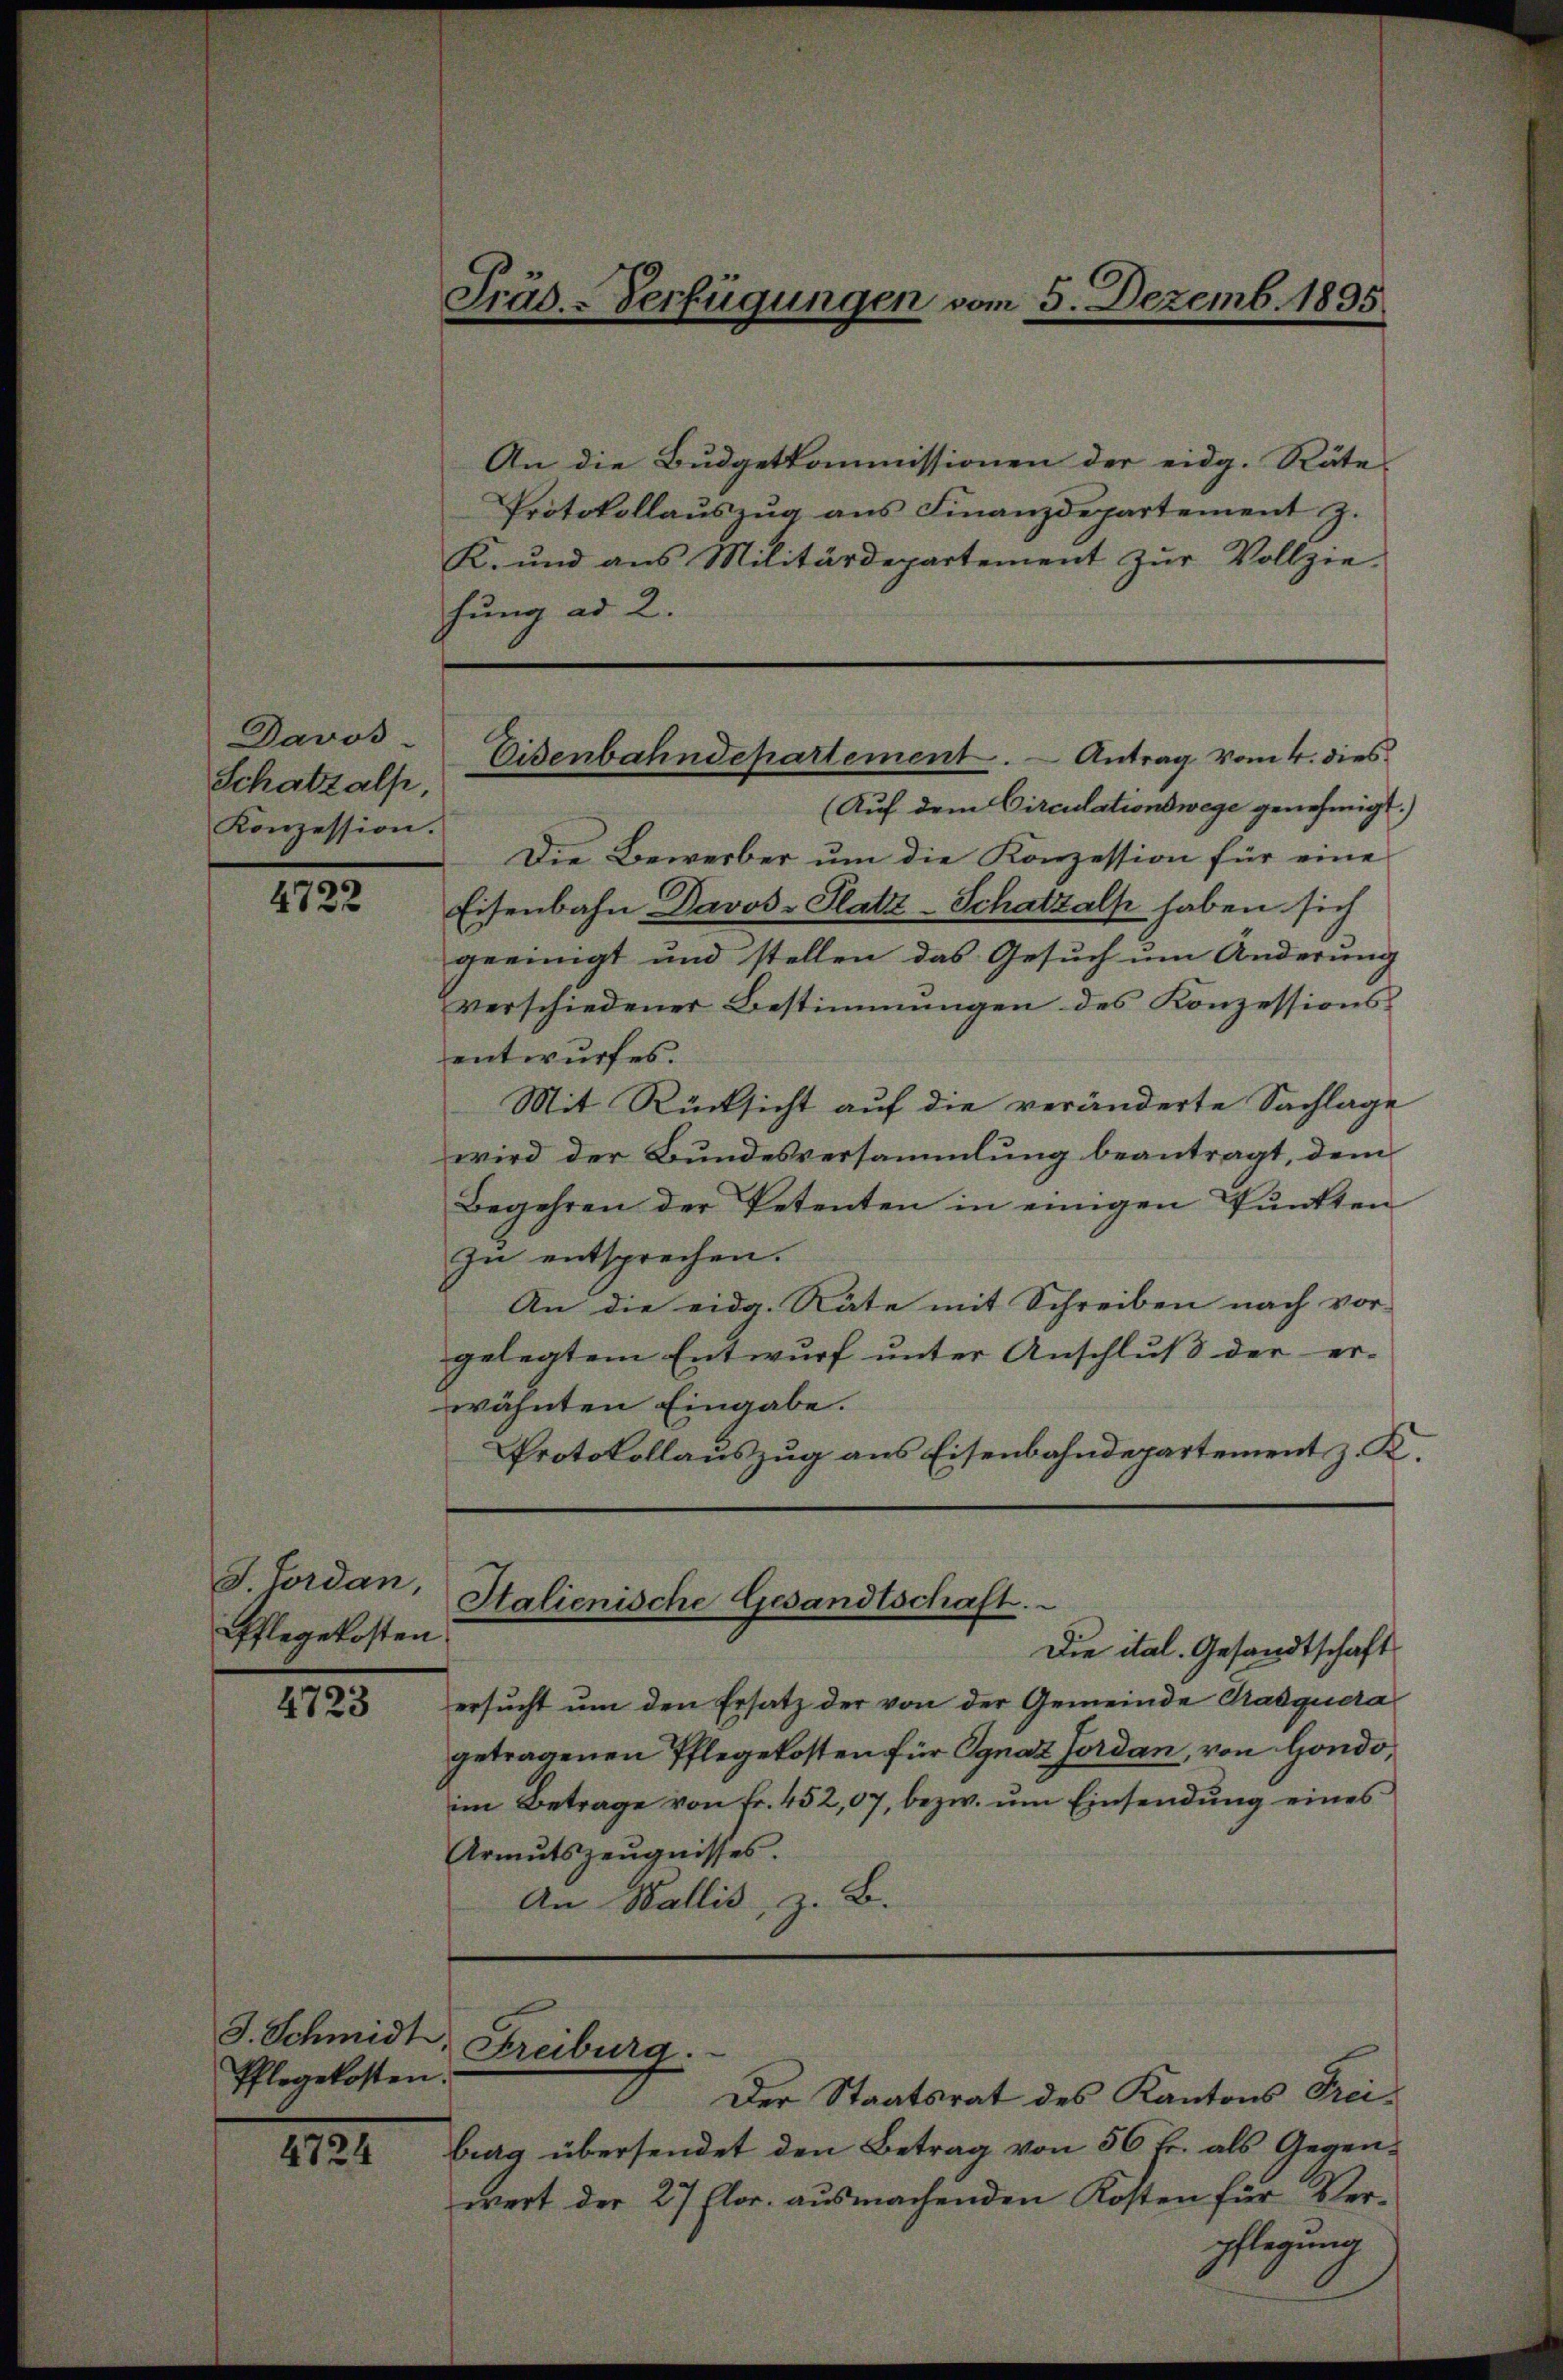
4722

I. Lordan
Pflegekosten

4723

Davos-
Schatzalp,
Konzession.

J. Schmidt
Pflegekosten.

4724

Präs.-Verfügungen vom 5. Dezemb. 1895

An die Budgetkommissionen der eidg. Räte-
Protokollaŭszŭg ans Finanzdepartement z.
K. und ans Militärdepartement zŭr Vollzie-
hung ad 2.

Die Bewerber um die Konzession für eine
Eisenbahn Davos- Platz-Schatzalp haben sich
geeinigt und stellen das Gesuch um Änderung
verschiedener Bestimmungen des Konzessionsentwurfes.
Mit Rücksicht auf die veränderte Sachlage
wird der Bundesversammlung beantragt, dem
Begehren der Petenten in einigen Pŭnkten
zu entsprechen.
An die eidg. Räte mit Schreiben nach vor-
gelegtem Entwurf unter Anschluß der er-
wähnten Eingabe.
Protokollauszug aus Eisenbahndepartement z. K.

Eisenbahndepartement.  Antrag vom 4. dies
(Auf dem Circulationswege genehmigt.)

Htalienische Gesandtschaft.

Freiburg.

Die ital. Gesandtschaft
ersŭcht ŭm den Ersatz der von der Gemeinde Gradquera
getragenen Pflegekosten für Ognaz Jordan, von Hondo,
im Betrage von Fr. 452,07, bezw. um Einsendung eines
Armutszeugnisses.
An Wallis, z. B.

Der Staatsrat des Kantons Freiburg übersendet den Betrag von 56 fr. als Gegenwert der 27 Flor. ausmachenden Kosten für Verpflegung